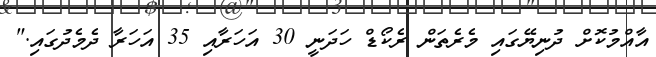
އާއްމުކޮށް ދުނިޔޭގައި މެެރެތަން ރެކޯޑް ހަދަނީ 30 އަހަރާއި 35 އަހަރާ ދެމެދުގައި."